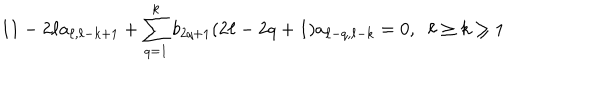
LaTeX: 1 1 - 2 \ell a _ { \ell , \ell - k + 1 } + \sum _ { q = 1 } ^ { k } b _ { 2 q + 1 } ( 2 \ell - 2 q + 1 ) a _ { \ell - q , \ell - k } = 0 , \; \; \ell \geq k \geq 1